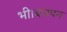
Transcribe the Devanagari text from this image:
भी।बचपन